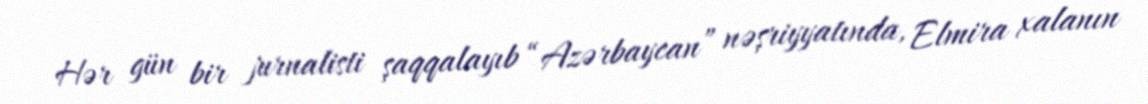
Hər gün bir jurnalisti şaqqalayıb “Azərbaycan” nəşriyyatında, Elmira xalanın